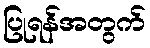
ပြုရန်အတွက်